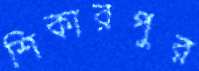
শিকারপুর